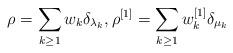
LaTeX: \begin{align*}\rho = \sum_{k\ge1} w_k \delta_{\lambda_k}, \rho^{[1]} = \sum_{k\ge1} w_k^{[1]} \delta_{\mu_k}\end{align*}